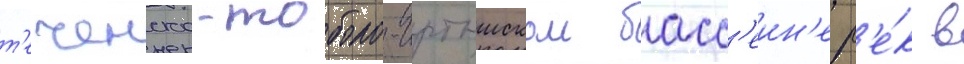
т'еченско-тоболо-иртышском басс'еин'е р'е́к в